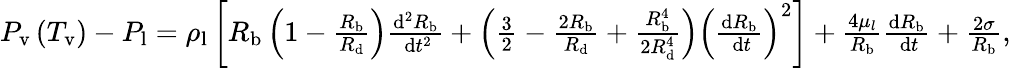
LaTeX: \begin{array}{r}{P_{\mathrm{v}}\left(T_{\mathrm{v}}\right)-P_{\mathrm{l}}=\rho_{\mathrm{l}}\left[R_{\mathrm{b}}\left(1-\frac{R_{\mathrm{b}}}{R_{\mathrm{d}}}\right)\frac{\mathrm{d}^{2}R_{\mathrm{b}}}{\mathrm{~d}t^{2}}+\left(\frac{3}{2}-\frac{2R_{\mathrm{b}}}{R_{\mathrm{d}}}+\frac{R_{\mathrm{b}}^{4}}{2R_{\mathrm{d}}^{4}}\right)\left(\frac{\mathrm{d}R_{\mathrm{b}}}{\mathrm{~d}t}\right)^{2}\right]+\frac{4\mu_{l}}{R_{\mathrm{b}}}\frac{\mathrm{d}R_{\mathrm{b}}}{\mathrm{~d}t}+\frac{2\sigma}{R_{\mathrm{b}}},}\end{array}